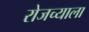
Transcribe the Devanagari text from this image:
रोजच्याला